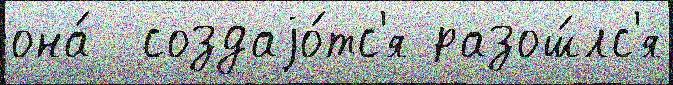
она́  создаjо́тс'я разош́лс'я